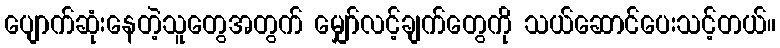
ပျောက်ဆုံးနေတဲ့သူတွေအတွက် မျှော်လင့်ချက်တွေကို သယ်ဆောင်ပေးသင့်တယ်။